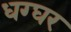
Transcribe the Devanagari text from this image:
धग्घर